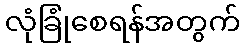
လုံခြုံစေရန်အတွက်